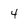
Character: 4